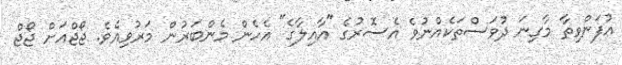
އުފަންވިތާ މާގިނަ ދުވަސްތަކެއްނުވެ އެސޮރުގެ "އާއިލާގެ" އެހެން މެންބަރުން މަރުވިއެވެ. ޖޯޖްއަށް ޖޯޖް